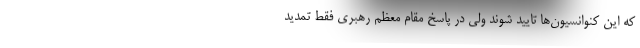
که این کنوانسیون‌ها تایید شوند ولی در پاسخ مقام معظم رهبری فقط تمدید